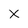
Character: x